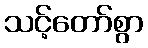
သင့်တော်စွာ